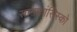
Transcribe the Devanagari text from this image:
सानफ्रांसिस्को